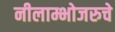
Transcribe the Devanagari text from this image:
नीलाम्भोजरुचे